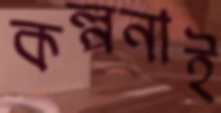
কল্পনাই